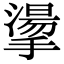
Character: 𢴳